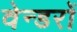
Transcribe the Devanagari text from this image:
वेन्डरों